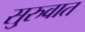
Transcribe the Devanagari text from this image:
सु्रुवात